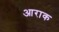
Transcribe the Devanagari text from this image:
आराक